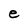
Character: e